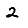
Digit: 2